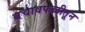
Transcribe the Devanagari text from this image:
बचावफळीतून